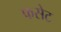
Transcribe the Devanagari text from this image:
फसेट